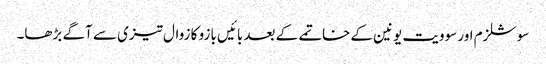
سوشلزم اور سوویت یونین کے خاتمے کے بعد بائیں بازو کا زوال تیزی سے آگے بڑھا۔